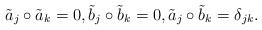
LaTeX: \begin{align*} \tilde{a}_{j}\circ \tilde{a}_{k}=0, \tilde{b}_{j}\circ\tilde{b}_{k}=0, \tilde{a}_{j}\circ \tilde{b}_{k}=\delta_{jk}.\end{align*}